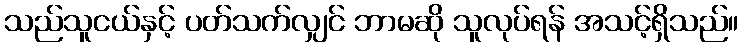
သည်သူငယ်နှင့် ပတ်သက်လျှင် ဘာမဆို သူလုပ်ရန် အသင့်ရှိသည်။